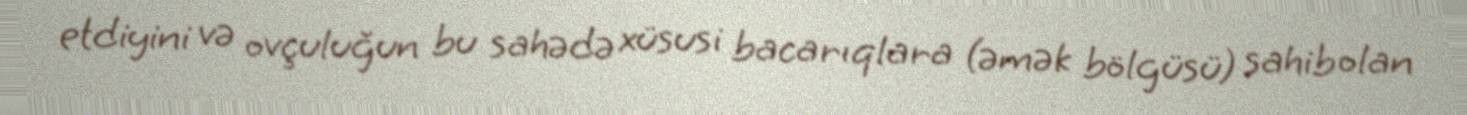
etdiyini və ovçuluğun bu sahədə xüsusi bacarıqlara (əmək bölgüsü) sahib olan